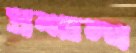
প্রশান্থ